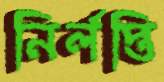
নির্লপ্তি